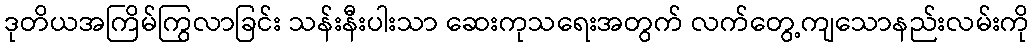
ဒုတိယအကြိမ်ကြွလာခြင်း သန်းနီးပါးသာ ဆေးကုသရေးအတွက် လက်တွေ့ကျသောနည်းလမ်းကို